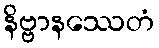
နိဗ္ဗာနဿေတံ